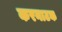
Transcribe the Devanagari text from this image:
करनाटक